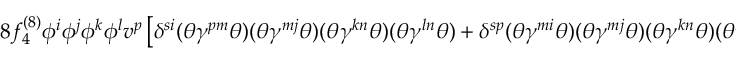
8 f _ { 4 } ^ { ( 8 ) } \phi ^ { i } \phi ^ { j } \phi ^ { k } \phi ^ { l } v ^ { p } \left[ \delta ^ { s i } ( \theta \gamma ^ { p m } \theta ) ( \theta \gamma ^ { m j } \theta ) ( \theta \gamma ^ { k n } \theta ) ( \theta \gamma ^ { l n } \theta ) + \delta ^ { s p } ( \theta \gamma ^ { m i } \theta ) ( \theta \gamma ^ { m j } \theta ) ( \theta \gamma ^ { k n } \theta ) ( \theta \gamma ^ { l n } \theta ) \right] ~ ,